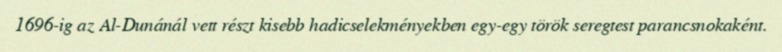
1696-ig az Al-Dunánál vett részt kisebb hadicselekményekben egy-egy török seregtest parancsnokaként.